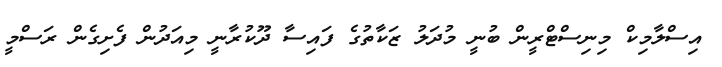
އިސްލާމިކް މިނިސްޓްރީން ބުނީ މުދަލު ޒަކާތުގެ ފައިސާ ދޫކުރާނީ މިއަދުން ފެށިގެން ރަސްމީ